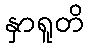
နှာရူတိ